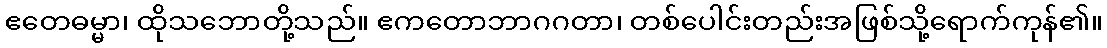
ဧတေဓမ္မာ၊ ထိုသဘောတို့သည်။ ဧကတောဘာဂဂတာ၊ တစ်ပေါင်းတည်းအဖြစ်သို့ရောက်ကုန်၏။